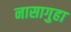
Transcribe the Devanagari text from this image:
नासागुहा